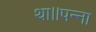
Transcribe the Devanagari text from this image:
था।।पन्ना